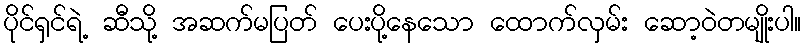
ပိုင်ရှင်ရဲ့ ဆီသို့ အဆက်မပြတ် ပေးပို့နေသော ထောက်လှမ်း ဆော့ဝဲတမျိုးပါ။